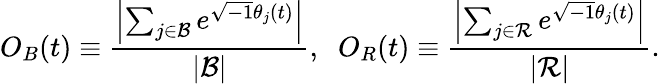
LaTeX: O_{B}(t)\equiv\frac{\left|\sum_{j\in\mathcal{B}}e^{\sqrt{-1}\theta_{j}(t)}\right|}{|{\cal B}|},\; \; O_{R}(t)\equiv\frac{\left|\sum_{j\in\mathcal{R}}e^{\sqrt{-1}\theta_{j}(t)}\right|}{|{\cal R}|}.